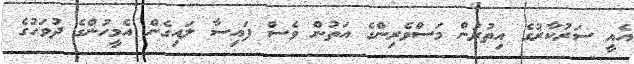
އެއީ ސަރުކާރުގެ އިތުރުން މަސްވެރިންގެ އަތުން ވެސް ފައިސާ ލައިގެން އެމީހުންގެ ދުވަހުގެ